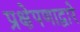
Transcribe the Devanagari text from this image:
प्रक्षेपणाद्वारे